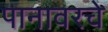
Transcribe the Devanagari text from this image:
पानावरचे